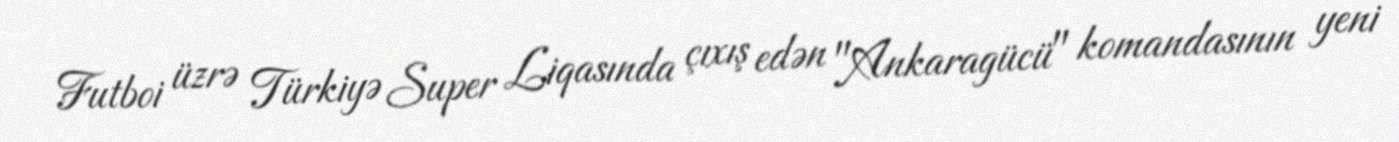
Futboi üzrə Türkiyə Super Liqasında çıxış edən "Ankaragücü" komandasının yeni